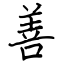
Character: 善